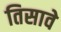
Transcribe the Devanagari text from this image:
तिसावे